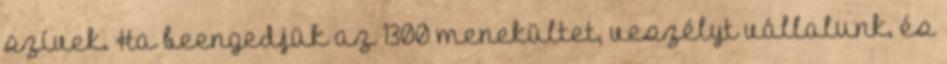
szívek. Ha beengedjük az 1300 menekültet, veszélyt vállalunk, és